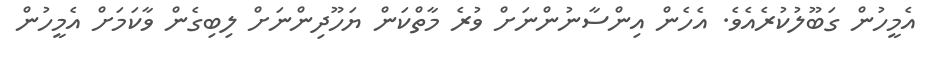
އެމީހުން ގަބޫލުކުރެއެވެ. އެހެން އިންސާނުންނަށް ވުރެ މާތްކަން ޔަހޫދިންނަށް ލިބިގެން ވާކަމަށް އެމީހުން